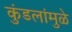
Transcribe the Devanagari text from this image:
कुंडलांमुळे